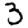
Digit: 3